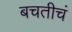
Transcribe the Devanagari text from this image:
बचतीचं